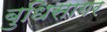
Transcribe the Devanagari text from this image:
बुधिसागर